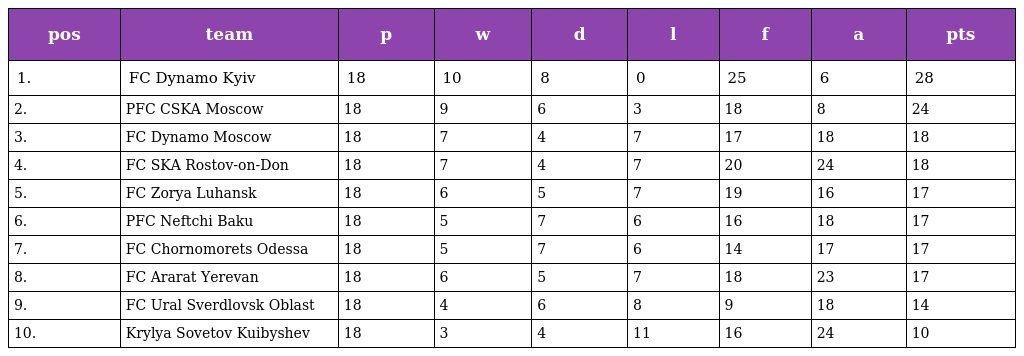
| pos | team | p | w | d | l | f | a | pts |
 | --- | --- | --- | --- | --- | --- | --- | --- | --- |
 | 1. | FC Dynamo Kyiv | 18 | 10 | 8 | 0 | 25 | 6 | 28 |
 | 2. | PFC CSKA Moscow | 18 | 9 | 6 | 3 | 18 | 8 | 24 |
 | 3. | FC Dynamo Moscow | 18 | 7 | 4 | 7 | 17 | 18 | 18 |
 | 4. | FC SKA Rostov-on-Don | 18 | 7 | 4 | 7 | 20 | 24 | 18 |
 | 5. | FC Zorya Luhansk | 18 | 6 | 5 | 7 | 19 | 16 | 17 |
 | 6. | PFC Neftchi Baku | 18 | 5 | 7 | 6 | 16 | 18 | 17 |
 | 7. | FC Chornomorets Odessa | 18 | 5 | 7 | 6 | 14 | 17 | 17 |
 | 8. | FC Ararat Yerevan | 18 | 6 | 5 | 7 | 18 | 23 | 17 |
 | 9. | FC Ural Sverdlovsk Oblast | 18 | 4 | 6 | 8 | 9 | 18 | 14 |
 | 10. | Krylya Sovetov Kuibyshev | 18 | 3 | 4 | 11 | 16 | 24 | 10 |